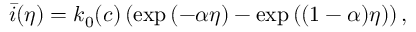
\bar { i } ( \eta ) = k _ { 0 } ( c ) \left( \exp { \left( - \alpha \eta \right) } - \exp { \left( ( 1 - \alpha ) \eta \right) } \right) ,